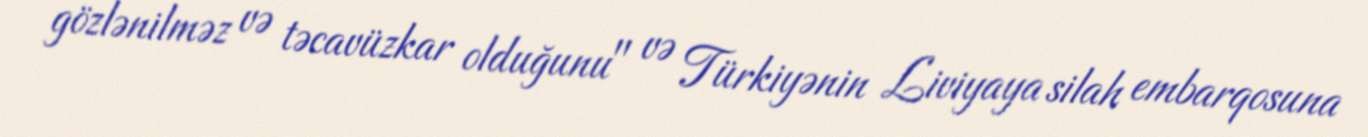
gözlənilməz və təcavüzkar olduğunu" və Türkiyənin Liviyaya silah embarqosuna